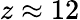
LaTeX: z\approx 12